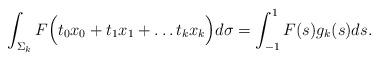
LaTeX: \begin{align*} \int_{\Sigma_{k}}F \Big( t_0 x_0 +t_1x_1 +\dots t_{k} x_{k}\Big) d\sigma = \int_{-1}^{1} F(s)g_{k}(s) ds.\end{align*}